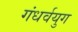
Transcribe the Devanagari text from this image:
गंधर्वयुग